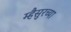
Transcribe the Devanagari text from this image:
म्हैसुरच्या